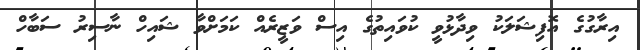
އިރާގުގެ އޮފިޝަލަކު ވިދާޅުވީ ކުވައިތުގެ އިސް ވަޒީރެއް ކަމަށްވާ ޝައިހް ނާސިރު ސަބާހް